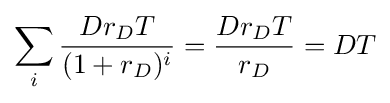
\sum _{i}{\frac {Dr_{D}T}{(1+r_{D})^{i}}}={\frac {Dr_{D}T}{r_{D}}}=DT